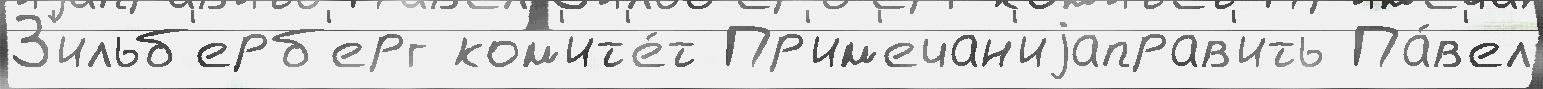
З'ильб'ерб'ерг ком'ит'е́т Пр'им'ечан'иjаправ'ить Па́в'ел